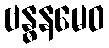
ဗန္ဓနမေဝ